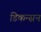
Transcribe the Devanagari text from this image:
डिकन्सन